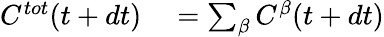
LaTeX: \begin{array}{rl}{C^{tot}(t+dt)}&{{}=\sum_{\beta}C^{\beta}(t+dt)}\end{array}